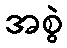
အစွဲ